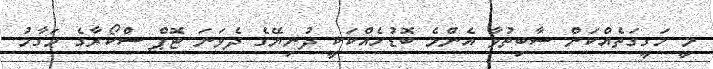
މީ ހަގީގަތެއްކަން ސާބިތުވާ އެންމެ ބޮޑުހެއްކަކީ ދުނިޔޭގެ ދެވަނަ ޓޮޕް ސްކޯރާގެ މަގާމު